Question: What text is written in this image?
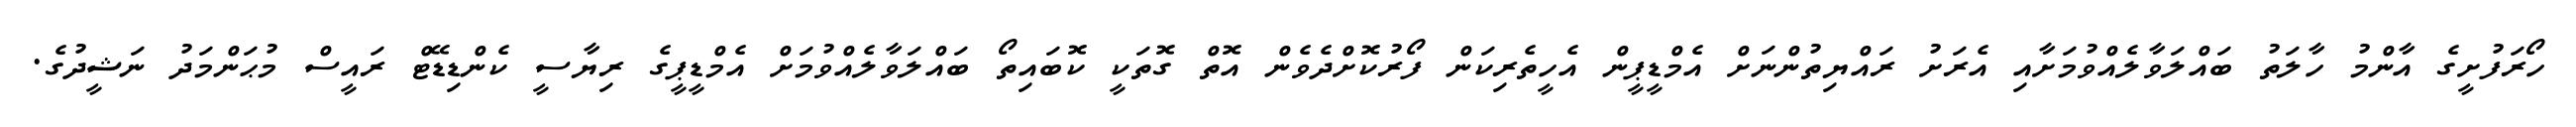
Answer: ހޯރަފުށީގެ އާންމު ހާލަތު ބައްލަވާލެއްވުމަށާއި އެރަށު ރައްޔިތުންނަށް އެމްޑީޕީން އެހީތެރިކަން ފޯރުކޮށްދެވެން އޮތް ގޮތަކީ ކޮބައިތޯ ބައްލަވާލެއްވުމަށް އެމްޑީޕީގެ ރިޔާސީ ކެންޑިޑޭޓް ރައީސް މުޙަންމަދު ނަޝީދުގެ.